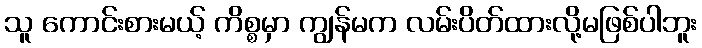
သူ ကောင်းစားမယ့် ကိစ္စမှာ ကျွန်မက လမ်းပိတ်ထားလို့မဖြစ်ပါဘူး